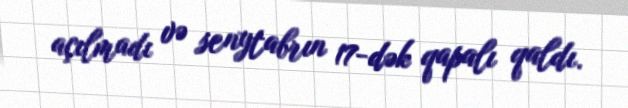
açılmadı və senytabrın 17-dək qapalı qaldı.